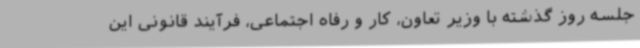
جلسه روز گذشته با وزیر تعاون، کار و رفاه اجتماعی، فرآیند قانونی این